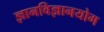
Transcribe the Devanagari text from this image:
ज्ञानविज्ञानयोग